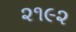
૨૧૯૨